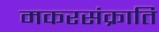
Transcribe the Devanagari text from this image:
मकरसंक्राति